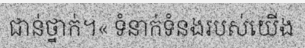
ជាន់ថ្នាក់។« ទំនាក់ទំនងរបស់យើង